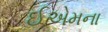
ઈએમના